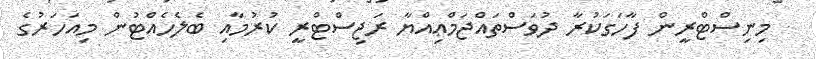
މިނިސްޓްރީން ފާހަގަކުރާ ދުވަސްތައްޖަމްޢިއްޔާ ރަޖިސްޓްރީ ކުރުމާއި ބެލެހެއްޓުން މިއަހަރުގެ